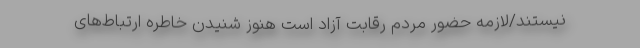
نیستند/لازمه حضور مردم رقابت آزاد است هنوز شنیدن خاطره ارتباط‌های